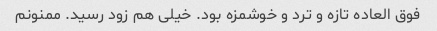
فوق العاده تازه و ترد و خوشمزه بود. خیلی هم زود رسید. ممنونم